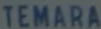
TEMARA